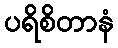
ပရိစိတာနံ